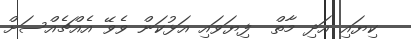
ކިޔައި އަދި މާތް  ފިޔަވައި އަޅުކަން ވެވޭ އެއްޗެއްސަށް